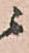
ニ